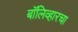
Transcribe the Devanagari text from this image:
बॉलिव्हारचा